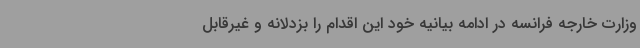
وزارت خارجه فرانسه در ادامه بیانیه خود این اقدام را بزدلانه و غیرقابل